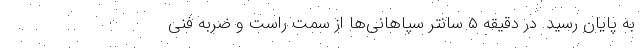
به پایان رسید. در دقیقه ۵ سانتر سپاهانی‌ها از سمت راست و ضربه فنی